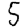
Digit: 5